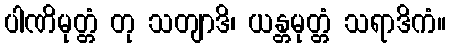
ပါဏိမုတ္တံ တု သတျာဒိ၊ ယန္တမုတ္တံ သရာဒိကံ။